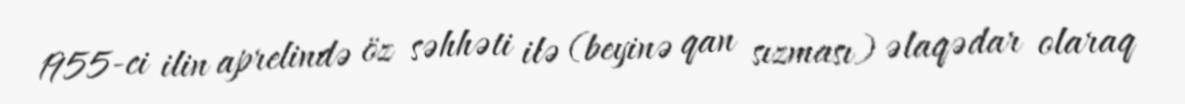
1955-ci ilin aprelində öz səhhəti ilə (beyinə qan sızması) əlaqədar olaraq